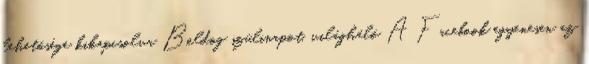
lehetősége kikapcsolva Boldog szülinapot, világháló A Facebook egyenesen az